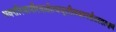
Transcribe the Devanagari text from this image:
भवत्तीरवानीरवातोत्थधूलीलवस्पर्शतस्तत्क्षणं